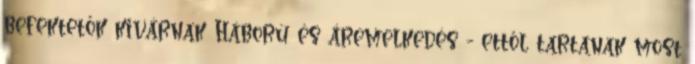
befektetők kivárnak Háború és áremelkedés - ettől tartanak most